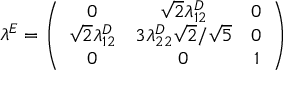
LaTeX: \lambda ^ { E } = \left( \begin{array} { c c c } { { 0 } } & { { \sqrt { 2 } \lambda _ { 1 2 } ^ { D } } } & { { 0 } } \\ { { \sqrt { 2 } \lambda _ { 1 2 } ^ { D } } } & { { 3 \lambda _ { 2 2 } ^ { D } \sqrt { 2 } / \sqrt { 5 } } } & { { 0 } } \\ { { 0 } } & { { 0 } } & { { 1 } } \end{array} \right)